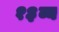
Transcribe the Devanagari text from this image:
१३व्य